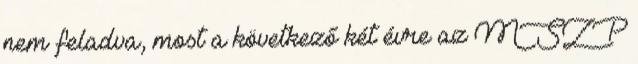
nem feladva, most a következő két évre az MSZP